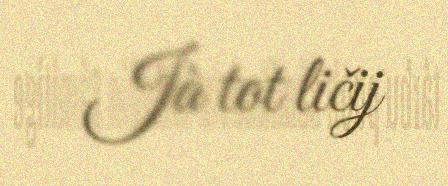
Jà tot ličij